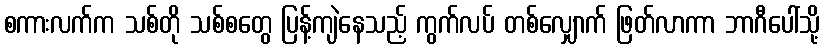
စကားလက်က သစ်တို သစ်စတွေ ပြန့်ကျဲနေသည့် ကွက်လပ် တစ်လျှောက် ဖြတ်လာကာ ဘာဂီပေါ်သို့